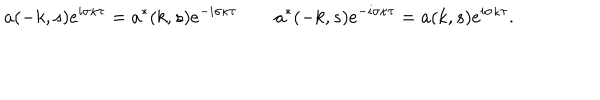
a ( - k , s ) e ^ { i \sigma \kappa \tau } = a ^ { * } ( k , s ) e ^ { - i \sigma \kappa \tau } \qquad a ^ { * } ( - k , s ) e ^ { - i \sigma \kappa \tau } = a ( k , s ) e ^ { i \sigma \kappa \tau } .